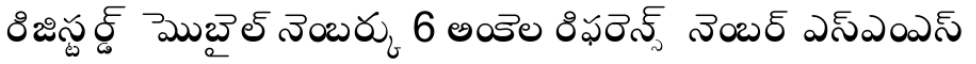
రిజిస్టర్డ్ మొబైల్ నెంబర్కు 6 అంకెల రిఫరెన్స్ నెంబర్ ఎస్ఎంఎస్